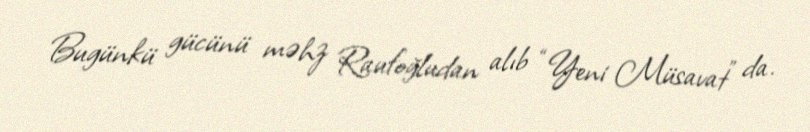
Bugünkü gücünü məhz Raufoğludan alıb “Yeni Müsavat” da.